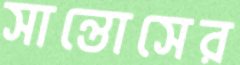
সান্তোসের